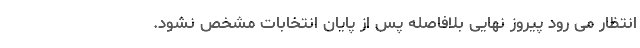
انتظار می رود پیروز نهایی بلافاصله پس از پایان انتخابات مشخص نشود.